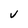
Character: v